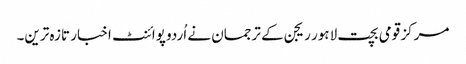
مرکز قومی بچت لاہور ریجن کے ترجمان نے اُردو پوائنٹ اخبار تازہ ترین۔